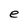
Character: e